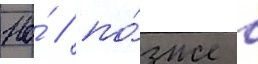
Но́ / по́зже в